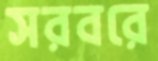
সরবরে